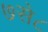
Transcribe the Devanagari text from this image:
७से८